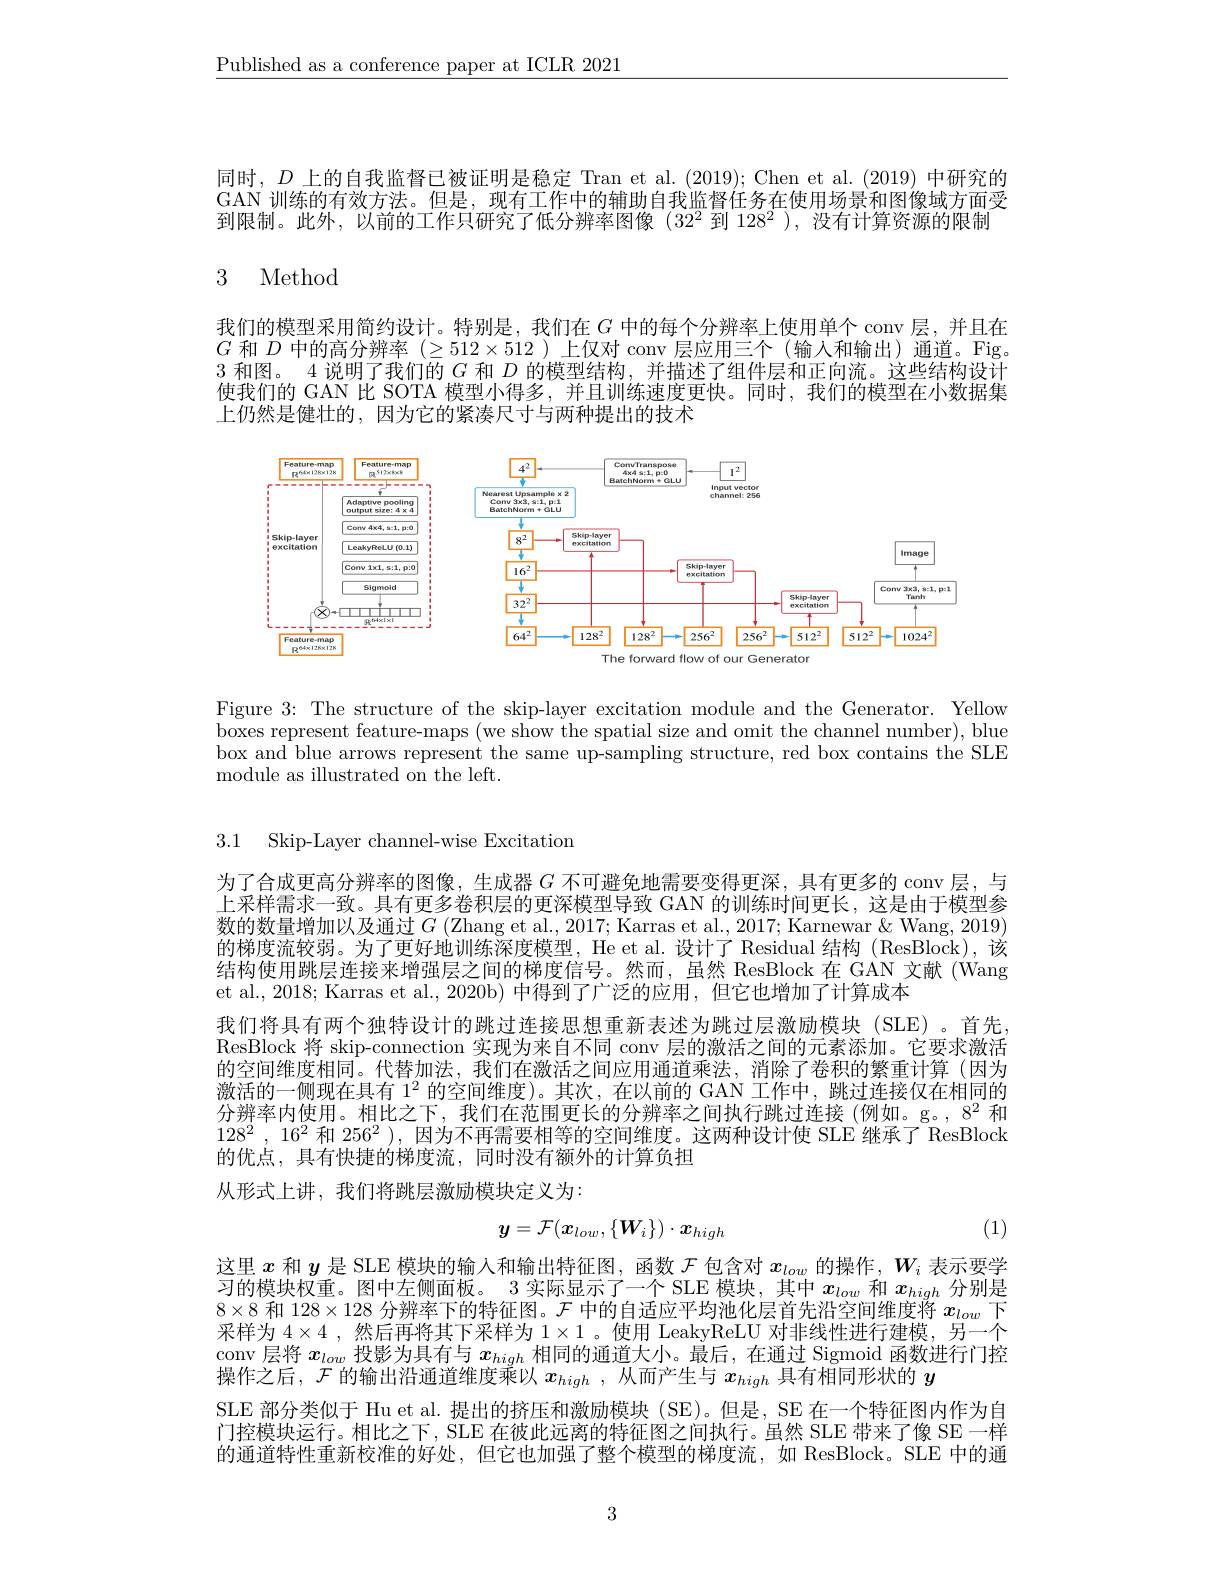
$\underline{\text{Published as a conference paper at ICLR 2021}}$

同时，$D$上的自我监督已被证明是稳定 Tran et al. (2019); Chen et al. (2019) 中研究的GAN 训练的有效方法。但是，现有工作中的辅助自我监督任务在使用场景和图像域方面受到限制。此外，以前的工作只研究了低分辨率图像$(32^2$到 128$^2)$,没有计算资源的限制

## 3 Method

我们的模型采用简约设计。特别是，我们在$G$ 中的每个分辨率上使用单个 conv 层，并且在$G$和$D$中的高分辨率$(\geq512\times512$ )上仅对 conv 层应用三个 (输人和输出)通道。Fig 3和图。4 说明了我们的$G$和$D$的模型结构，并描述了组件层和正向流。这些结构设计使我们的 GAN 比 SOTA 模型小得多，并且训练速度更快。同时，我们的模型在小数据集上仍然是健壮的，因为它的紧凑尺寸与两种提出的技术

<FigureHere>

Figure 3: The structure of the skip-layer excitation module and the Generator. Yellow boxes represent feature-maps (we show the spatial size and omit the channel number), blue box and blue arrows represent the same up-sampling structure, red box contains the SLE module as illustrated on the left.

3.1 Skip-Layer channel-wise Excitation

为了合成更高分辨率的图像，生成器$G$不可避免地需要变得更深，具有更多的 conv 层，与上采样需求一致。具有更多卷积层的更深模型导致 GAN 的训练时间更长，这是由于模型参数的数量增加以及通过$G$ (Zhang et al., 2017; Karras et al., 2017; Karnewar & Wang, 2019) 的梯度流较弱。为了更好地训练深度模型，He et al. 设计了 Residual 结构 (ResBlock),该结构使用跳层连接来增强层之间的梯度信号。然而，虽然 ResBlock 在 GAN 文献(Wang et al., 2018; Karras et al., 2020b) 中得到了广泛的应用，但它也增加了计算成本
我们将具有两个独特设计的跳过连接思想重新表述为跳过层激励模块(SLE)。首先， ResBlock 将 skip-connection 实现为来自不同 conv 层的激活之间的元素添加。它要求激活的空间维度相同。代替加法，我们在激活之间应用通道乘法，消除了卷积的繁重计算(因为激活的一侧现在具有 1$^2$的空间维度)。其次，在以前的 GAN 工作中，跳过连接仅在相同的分辨率内使用。相比之下，我们在范围更长的分辨率之间执行跳过连接 (例如。g。, $8^2$和$128^2,16^2$和$256^2)$,因为不再需要相等的空间维度。这两种设计使 SLE 继承了 ResBlock 的优点，具有快捷的梯度流，同时没有额外的计算负担
从形式上讲，我们将跳层激励模块定义为：
$$y=\mathcal{F}(\boldsymbol{x}_{low},\{\boldsymbol{W}_{i}\})\cdot\boldsymbol{x}_{high}$$
(1)

这里$x$和$y$是 SLE 模块的输入和输出特征图，函数$\mathcal{F}$包含对$x_low$的操作，$W_i$表示要学习的模块权重。图中左侧面板。3 实际显示了一个 SLE 模块，其中$x_{low}$和$x_{high}$分别是$8\times8$和$128\times128$分辨率下的特征图。$\mathcal{F}$中的自适应平均池化层首先沿空间维度将$x_low$下采样为$4\times4$ ,然后再将其下采样为$1\times1$ 。使用 LeakyReLU 对非线性进行建模，另一个conv 层将$x_{low}$投影为具有与$x_{high}$相同的通道大小。最后，在通过 Sigmoid 函数进行门控操作之后，$\mathcal{F}$的输出沿通道维度乘以$x_high$ ,从而产生与$x_high$具有相同形状的$y$
SLE 部分类似于 Hu et al. 提出的挤压和激励模块 (SE)。但是，SE 在一个特征图内作为自门控模块运行。相比之下，SLE 在彼此远离的特征图之间执行。虽然 SLE 带来了像 SE 一样的通道特性重新校准的好处，但它也加强了整个模型的梯度流，如 ResBlock。SLE 中的通

3